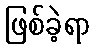
ဖြစ်ခဲ့ရာ